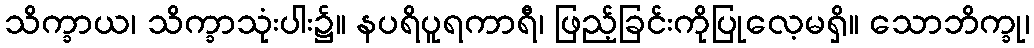
သိက္ခာယ၊ သိက္ခာသုံးပါး၌။ နပရိပူရကာရီ၊ ဖြည့်ခြင်းကိုပြုလေ့မရှိ။ သောဘိက္ခု၊